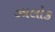
ઝાલોક